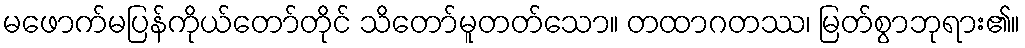
မဖောက်မပြန်ကိုယ်တော်တိုင် သိတော်မူတတ်သော။ တထာဂတဿ၊ မြတ်စွာဘုရား၏။